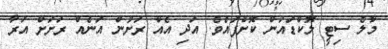
މާލެ ސިޓީ ލޮކްޑައުން ކޮށްފައެވެ. އަދި އެއް ރަށުން އަނެއް ރަށަށް އަރާ